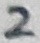
Text: 2